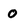
Character: 0